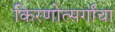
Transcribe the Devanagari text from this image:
किरणोत्सर्गांचा